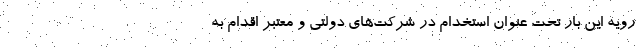
رویه این بار تحت عنوان استخدام در شرکت‌های دولتی و معتبر اقدام به